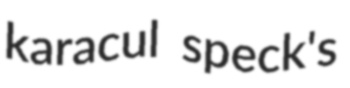
karacul speck's